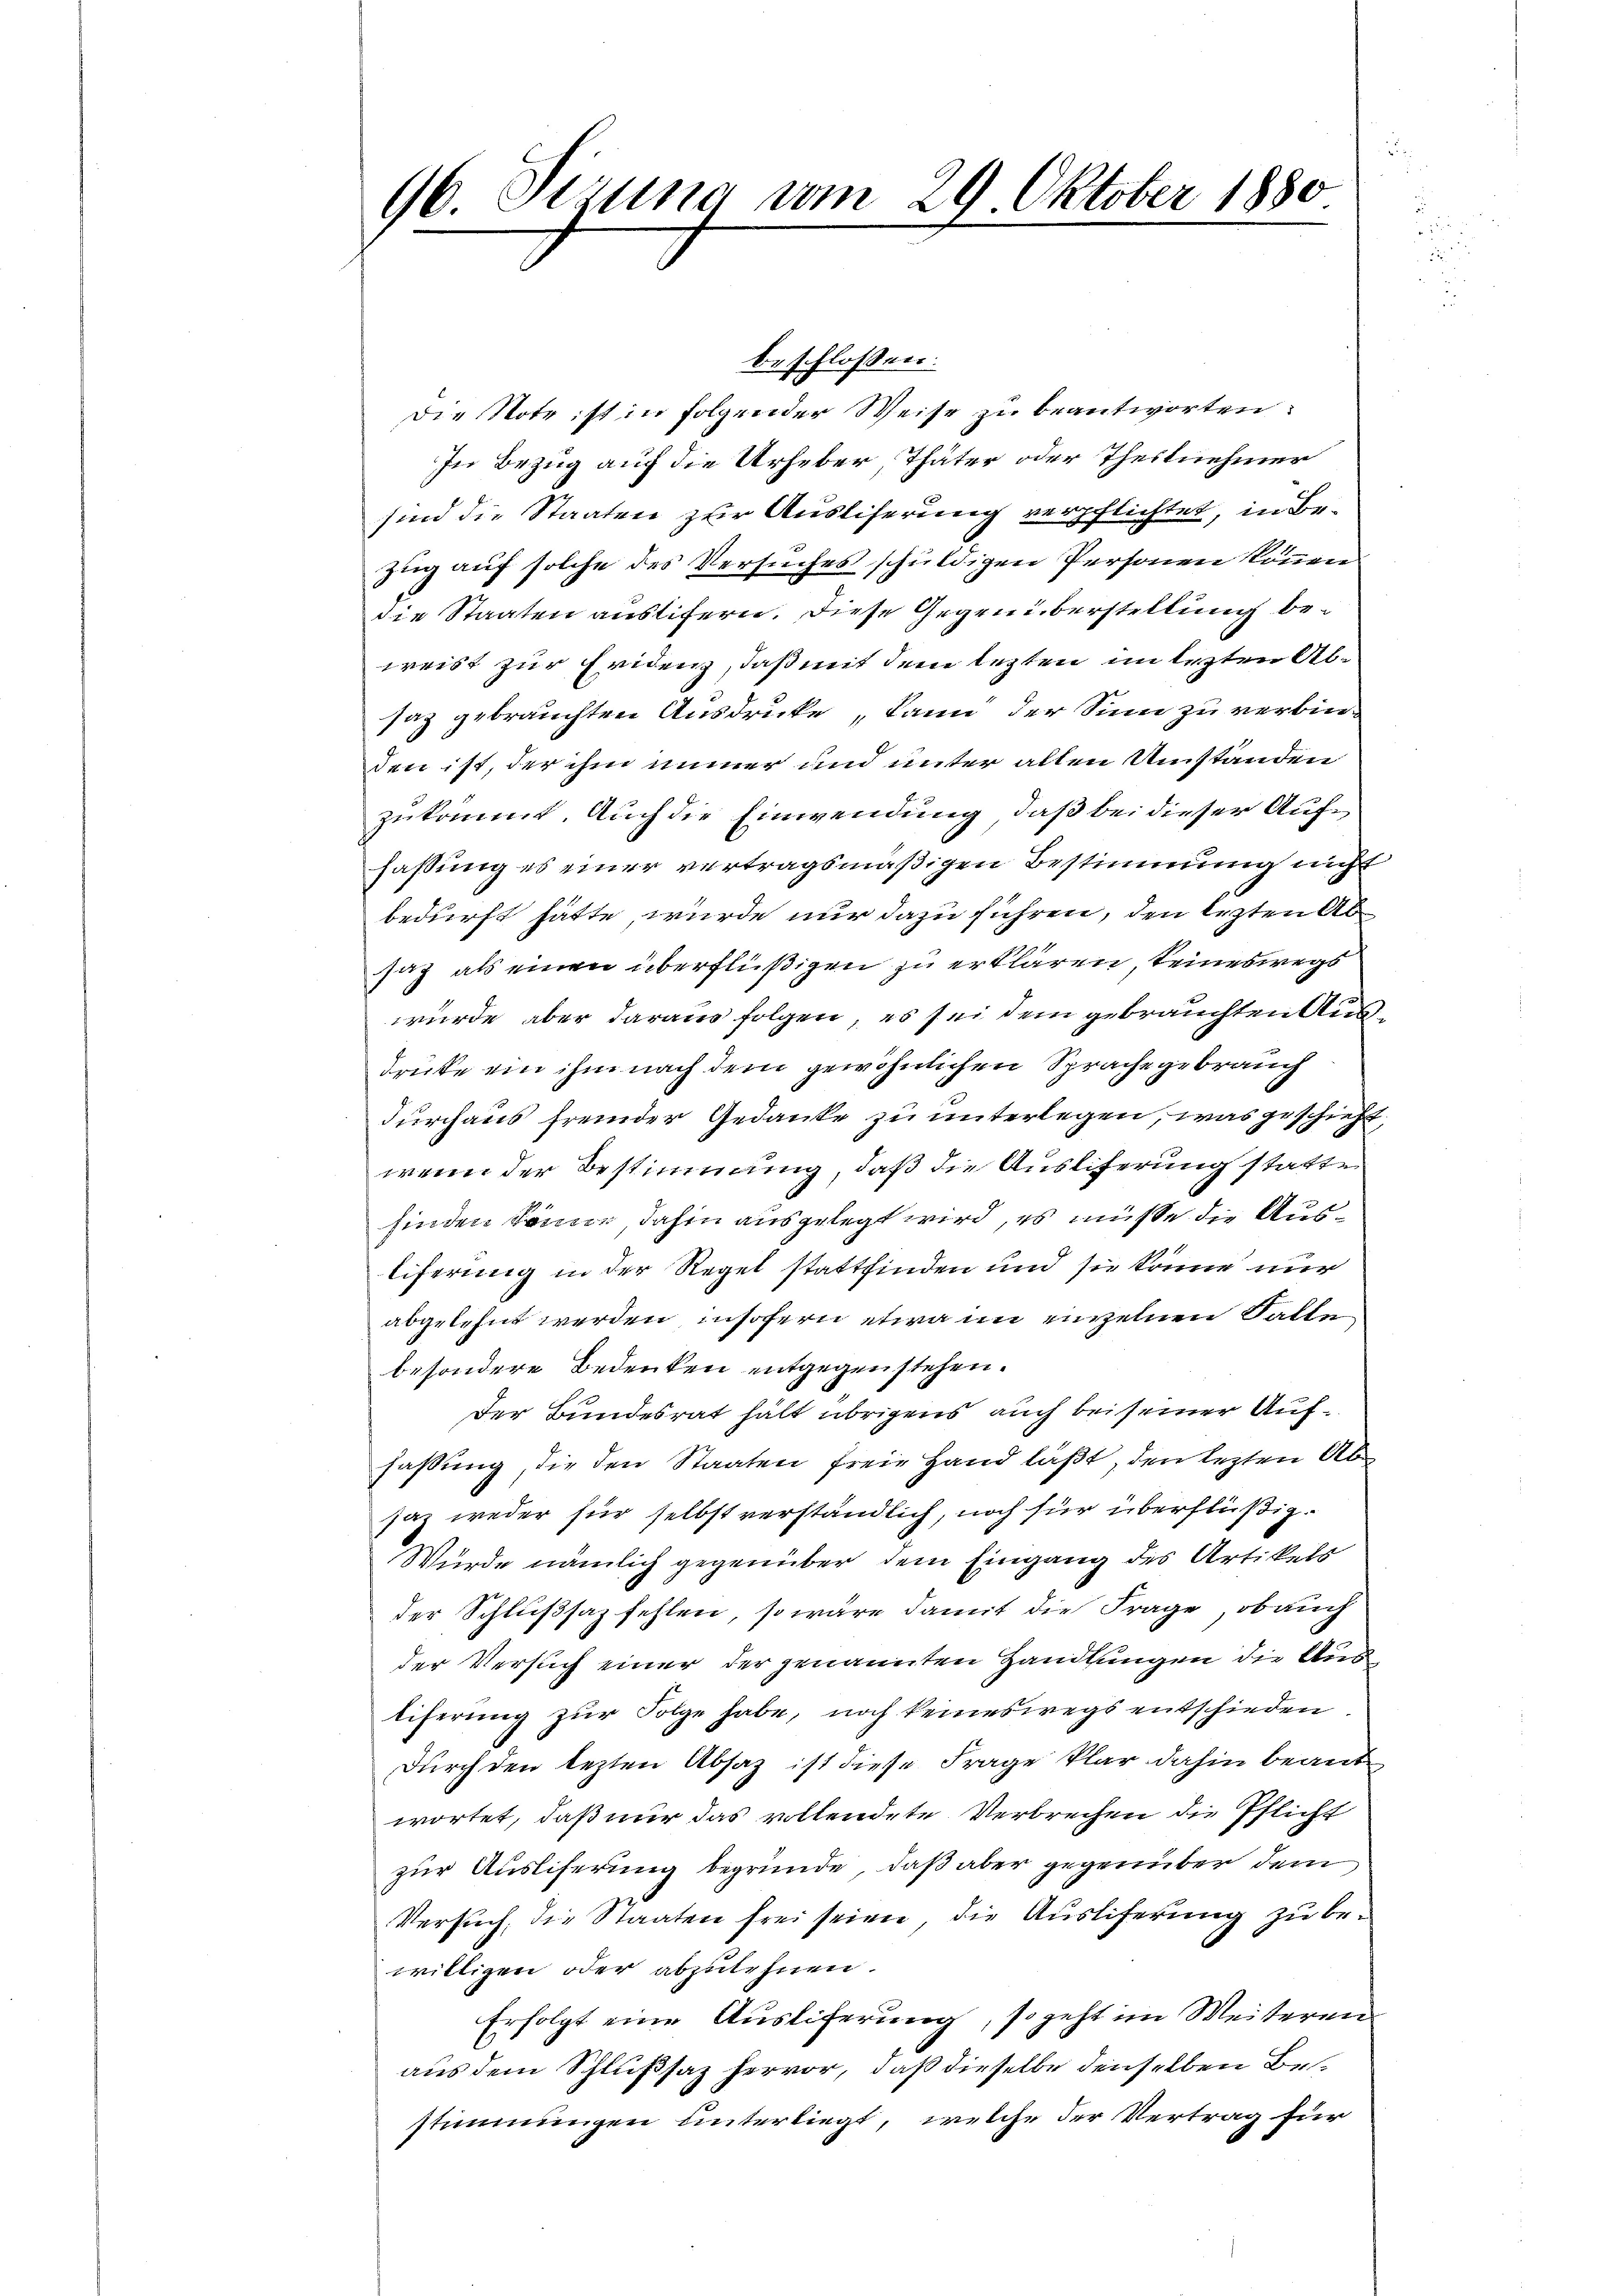
96. Sizung vom 29. Oktober 1880.
.

beschlossen:
Die Note ist in folgender Weise zu beantworten:
In Bezug auf die Urheber, Thäter oder Theilnehmer
sind die Staaten zur Ausliserung verpflichtet, in Bezug auf solche des Versuches schuldigen Personen können
die Staaten auslifern. Diese Gegenüberstellung beweist zur Evidenz, daß mit dem lezten im lezten Absaz gebrauchten Ausdrucke, kann der Sinn zu verbin-
den ist, der ihm immer und unter allen Umständen
zukommt. Auch die Einwendung, daß bei dieser Auffassung es einer vertragsmäßigen Bestimmung nicht
bedurft hatte, wurde nur dazu führen, den lezten Ab
saz als einen überflüßigen zu erklären keineswegs
würde, aber daraus folgen, es sei dem gebrauchten Ausdruke ein ihm nach dem gewöhnlichen Sprache gebrauch
durchaus fremder Gedanke zu unterlegen, was geschieht,
wenn der Bestimmung, daß die Ausliferung statte
finden Sonne, dahin ausgelegt wird, es müsse die Ausliferung in der Regel stattfinden und sie könne nur
abgelehnt werden, insofern etwa im einzelnen Falle
besondere Bedenken entgegenstehen.
der Bundesrat hält übrigens auch bei seiner Auffaßung, die den Staaten freie Hand läßt, den lezten Absaz weder für selbst verständlich, noch für überflüßig.
Wurde nämlich gegenüber dem Eingang des Artikels
der Schlußsaz fehlen, so wäre damit die Frage, ob auch
der Versuch einer der genannten Handlungen die Aus
liferung zur Folge habe, noch keineswegs entschieden
durch den lezten Absatz ist diese Frage klar dahin beantwortet, daß nur das vollendete Verbrechen die Pflicht
zur Auslieferung begründe, daß aber gegenüber dem
Versuch, die Staaten frei seien, die Auslieferung zu bewilligen oder abzulehnen.
Erfolgt eine Ausliferung, so geht im Weiteren
aus dem Schlußsaz hervor, daß dieselbe denselben Bestimmungen unterliegt, welche der Vertrag für